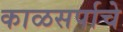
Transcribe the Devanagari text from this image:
काळसर्पाचे